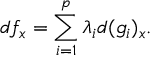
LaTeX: d f _ { x } = \sum _ { i = 1 } ^ { p } \lambda _ { i } d ( g _ { i } ) _ { x } .